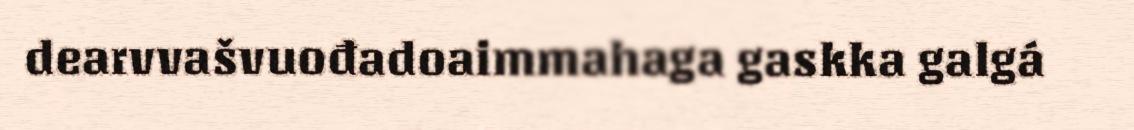
dearvvašvuođadoaimmahaga gaskka galgá